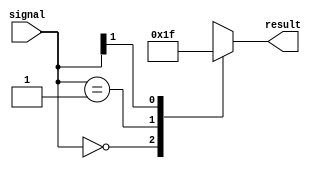
module casez_statement (
    input [1:0] signal,
    output reg [3:0] result
);

always @* begin
    casez(signal)
        2'b00: result <= 4'b0000;
        2'b01: result <= 4'b0001;
        2'b1?: result <= 4'b1111; // wildcard match for any value where bit[1] is high
    endcase
end

endmodule